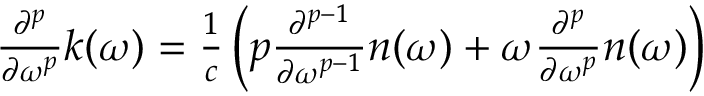
{ \begin{array} { c } { { \frac { { \partial } ^ { p } } { \partial { \omega } ^ { p } } } k \mathrm { ( } \omega \mathrm { ) } = { \frac { 1 } { c } } \left( p { \frac { { \partial } ^ { p - 1 } } { \partial { \omega } ^ { p - 1 } } } n \mathrm { ( } \omega \mathrm { ) } + \omega { \frac { { \partial } ^ { p } } { \partial { \omega } ^ { p } } } n \mathrm { ( } \omega \mathrm { ) } \right) \ } \end{array} }